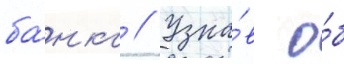
ба́нка // Узна́в о́б